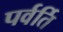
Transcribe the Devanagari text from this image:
पर्वर्ति